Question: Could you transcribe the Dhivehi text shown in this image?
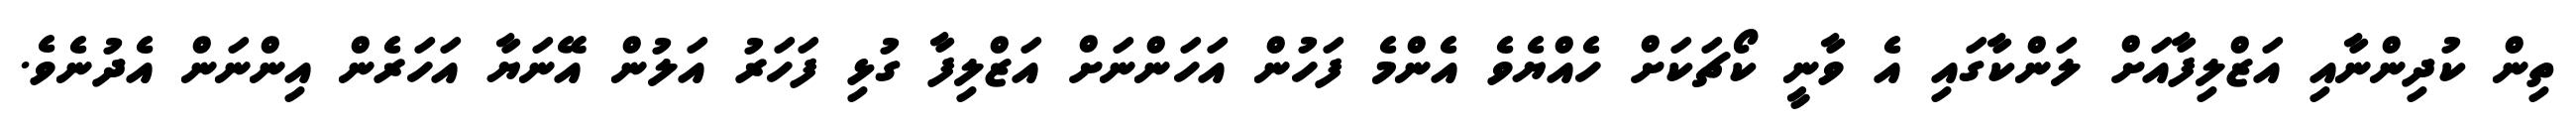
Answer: ތިން ކުދިންނާއި އަޒްލިފާއަށް ލަންކާގައި އެ ވާނީ ކޯޗަކަށް ހެއްޔެވެ އެންމެ ފަހުން އަހަންނަށް އަޒްލިފާ ގުޅި ފަހަރު އަލުން އޭނަޔާ އަހަރެން އިންނަން އެދުނެވެ.